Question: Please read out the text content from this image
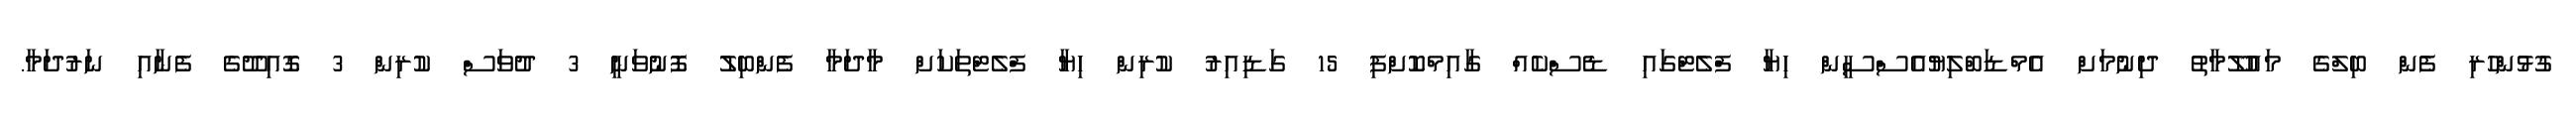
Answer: ގުޅުންހުރި ފެން ބިލްގެ މައުލޫމާތު ދިނުމަށް އެމްޑަބްލިޔުއެސްސީން ހިޔާ ފްލެޓްގައި ޑެސްކެއް ގާއިމްކޮށްފި 15 ގަޑިއިރު ކުރިން ހިޔާ ފްލެޓްތަކަށް މާދަމާ ފެންބިލު ފޮނުވަނީ 3 ދުވަސް ކުރިން 3 ގޮއިދޫގެ ފެނާއި ނަރުދަމާ.